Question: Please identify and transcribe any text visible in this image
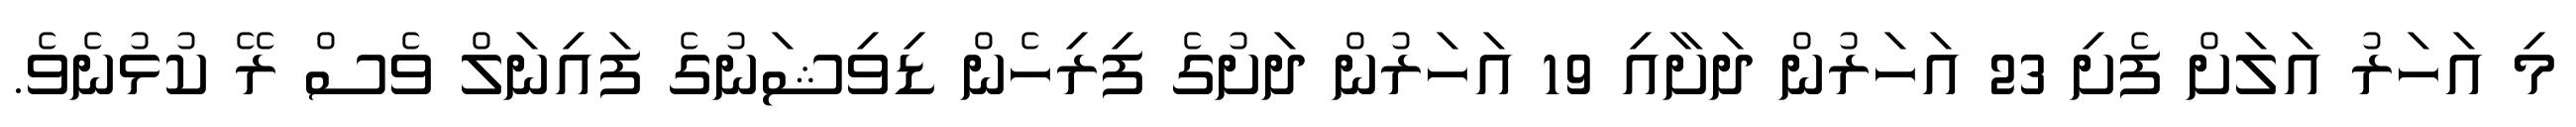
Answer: މި އަހަރު އަލަށް ފެށި 23 އަހަރުން ދަށާއި 19 އަހަރުން ދަށުގެ ފިރިހެން ޑިވިޝަނުގެ ފައިނަލް ވެސް ރޭ ކުޅުނެވެ.